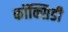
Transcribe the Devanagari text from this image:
कॉक्सिडी